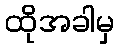
ထိုအခါမှ